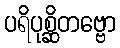
ပရိပုစ္ဆိတဗ္ဗော